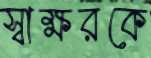
স্বাক্ষরকে